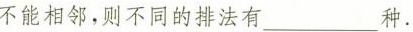
不能相邻，则不同的排法有___种。